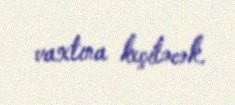
vaxtına keçiləcək.